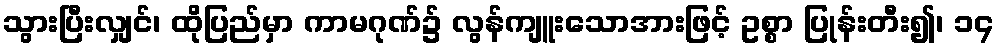
သွားပြီးလျှင်၊ ထိုပြည်မှာ ကာမဂုဏ်၌ လွန်ကျူးသောအားဖြင့် ဥစ္စာ ပြုန်းတီး၍၊ ၁၄